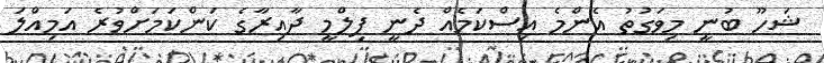
ޝަހޫ ބުނީ މިވަގުތު އެންމެ އިސްކަމެއް ދެނީ ފިލްމީ ދާއިރާގެ ކަންކަމަށްވުރެ އަމިއްލަ